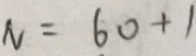
N = 6 0 + 1